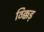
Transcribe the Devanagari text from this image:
ठिक्कड़